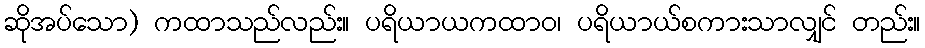
ဆိုအပ်သော) ကထာသည်လည်း။ ပရိယာယကထာဝ၊ ပရိယာယ်စကားသာလျှင် တည်း။